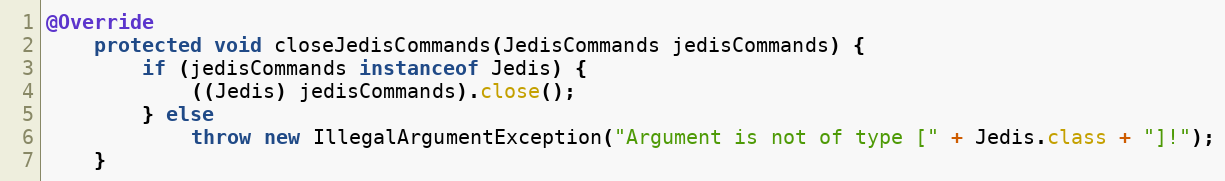
Language: Java
@Override
    protected void closeJedisCommands(JedisCommands jedisCommands) {
        if (jedisCommands instanceof Jedis) {
            ((Jedis) jedisCommands).close();
        } else
            throw new IllegalArgumentException("Argument is not of type [" + Jedis.class + "]!");
    }